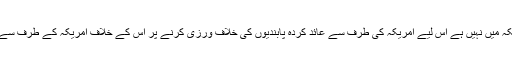
چونکہ اس بینک کا کوئی دفتر امریکہ میں نہیں ہے اس لیے امریکہ کی طرف سے عائد کردہ پابندیوں کی خلاف ورزی کرنے پر اس کے خلاف امریکہ کے طرف سے کوئی کارروائی نہیں کی جا سکتی۔